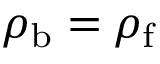
\rho _ { \mathrm { b } } = \rho _ { \mathrm { f } }